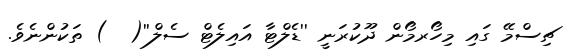
ޗިސްމޭ ގައި މިހޯރމޯން ދޫކުރަނީ ''ޑެލްޓާ އައިލެޓް ސެލް''(  ) ތަކުންނެވެ.